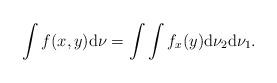
LaTeX: \begin{align*}\int f(x,y){\rm d}\nu=\int\int f_x(y){\rm d}\nu_2{\rm d}\nu_1.\end{align*}